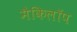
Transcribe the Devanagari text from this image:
मैकिलॉप